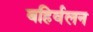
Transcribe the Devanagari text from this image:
बहिर्वलन